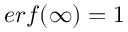
e r f ( \infty ) = 1